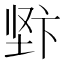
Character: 𱖿